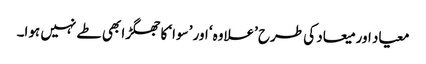
معیاد اور میعاد کی طرح ’علاوہ‘ اور ’سوا‘ کا جھگڑا بھی طے نہیں ہوا۔